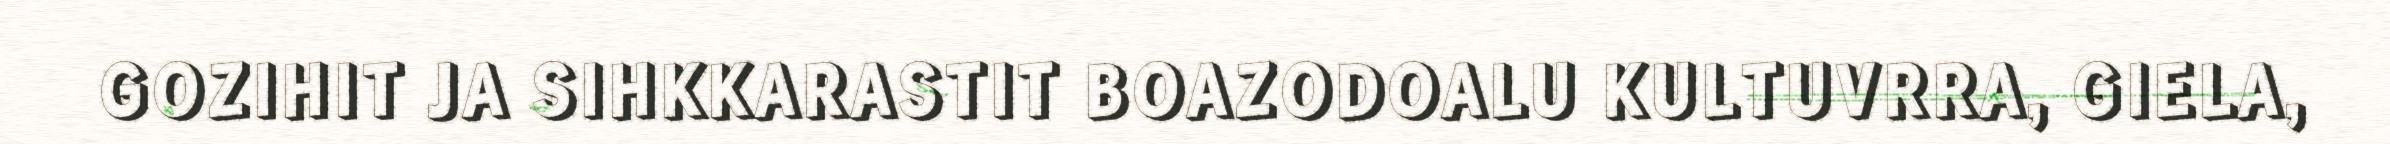
GOZIHIT JA SIHKKARASTIT BOAZODOALU KULTUVRRA, GIELA,